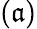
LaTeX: (\mathfrak{a})